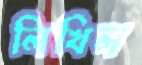
লিখিল